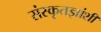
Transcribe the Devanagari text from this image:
संस्कृतज्ञांशी